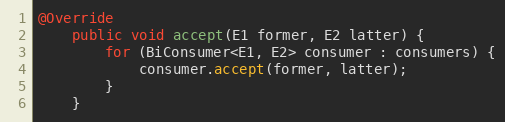
Language: Java
@Override
    public void accept(E1 former, E2 latter) {
        for (BiConsumer<E1, E2> consumer : consumers) {
            consumer.accept(former, latter);
        }
    }